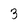
Character: 3